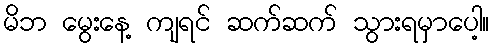
မိဘ မွေးနေ့ ကျရင် ဆက်ဆက် သွားရမှာပေါ့။